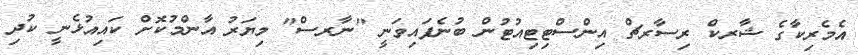
އެމެރިކާގެ ޝާރކް ރިސާރޗް އިންސްޓިޓިއުޓުން ބުނެފައިވަނީ "ނާރސް" މިޔަރު އާންމުކޮށް ކައިއުޅެނީ ކުދި